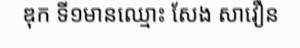
ឌុក ទី១មានឈ្មោះ សែង សាវឿន